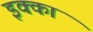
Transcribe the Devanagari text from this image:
इक्‍का